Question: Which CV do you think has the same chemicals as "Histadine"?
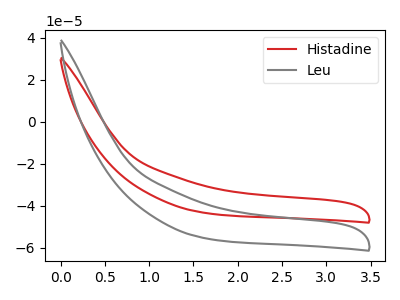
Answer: <think>The red curve "Histadine" has no peaks. The gray curve "Leu" has no peaks.
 Neither "Histadine" or "Leu" have any peaks.</think>
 <answer>The CV with the most similar shape to "Leu" is "Histadine".</answer>
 <eval>"Histadine"</eval>